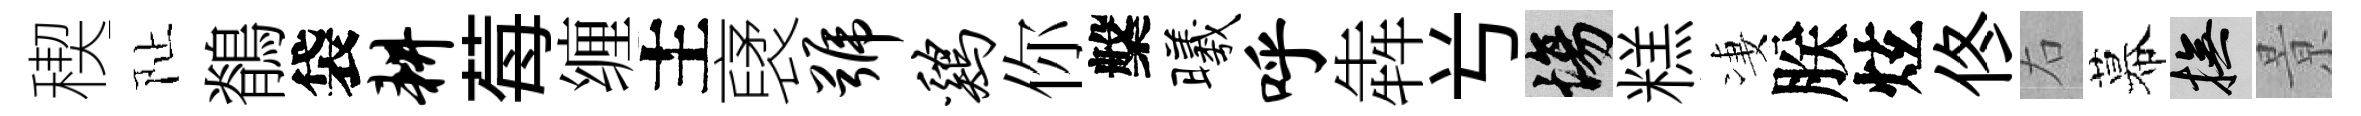
稧阯鶺袋耕莓缠主裦号鸡你槃曦呼犇𠔃場糕凄朕炫佟右幕撫㬌